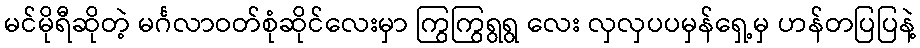
မင်မိုရီဆိုတဲ့ မင်္ဂလာဝတ်စုံဆိုင်လေးမှာ ကြွကြွရွရွ လေး လှလှပပမှန်ရှေ့မှ ဟန်တပြပြနဲ့